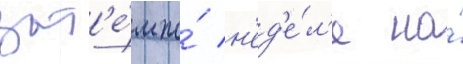
зат'е́м по́ н'ед'е́л'е на́